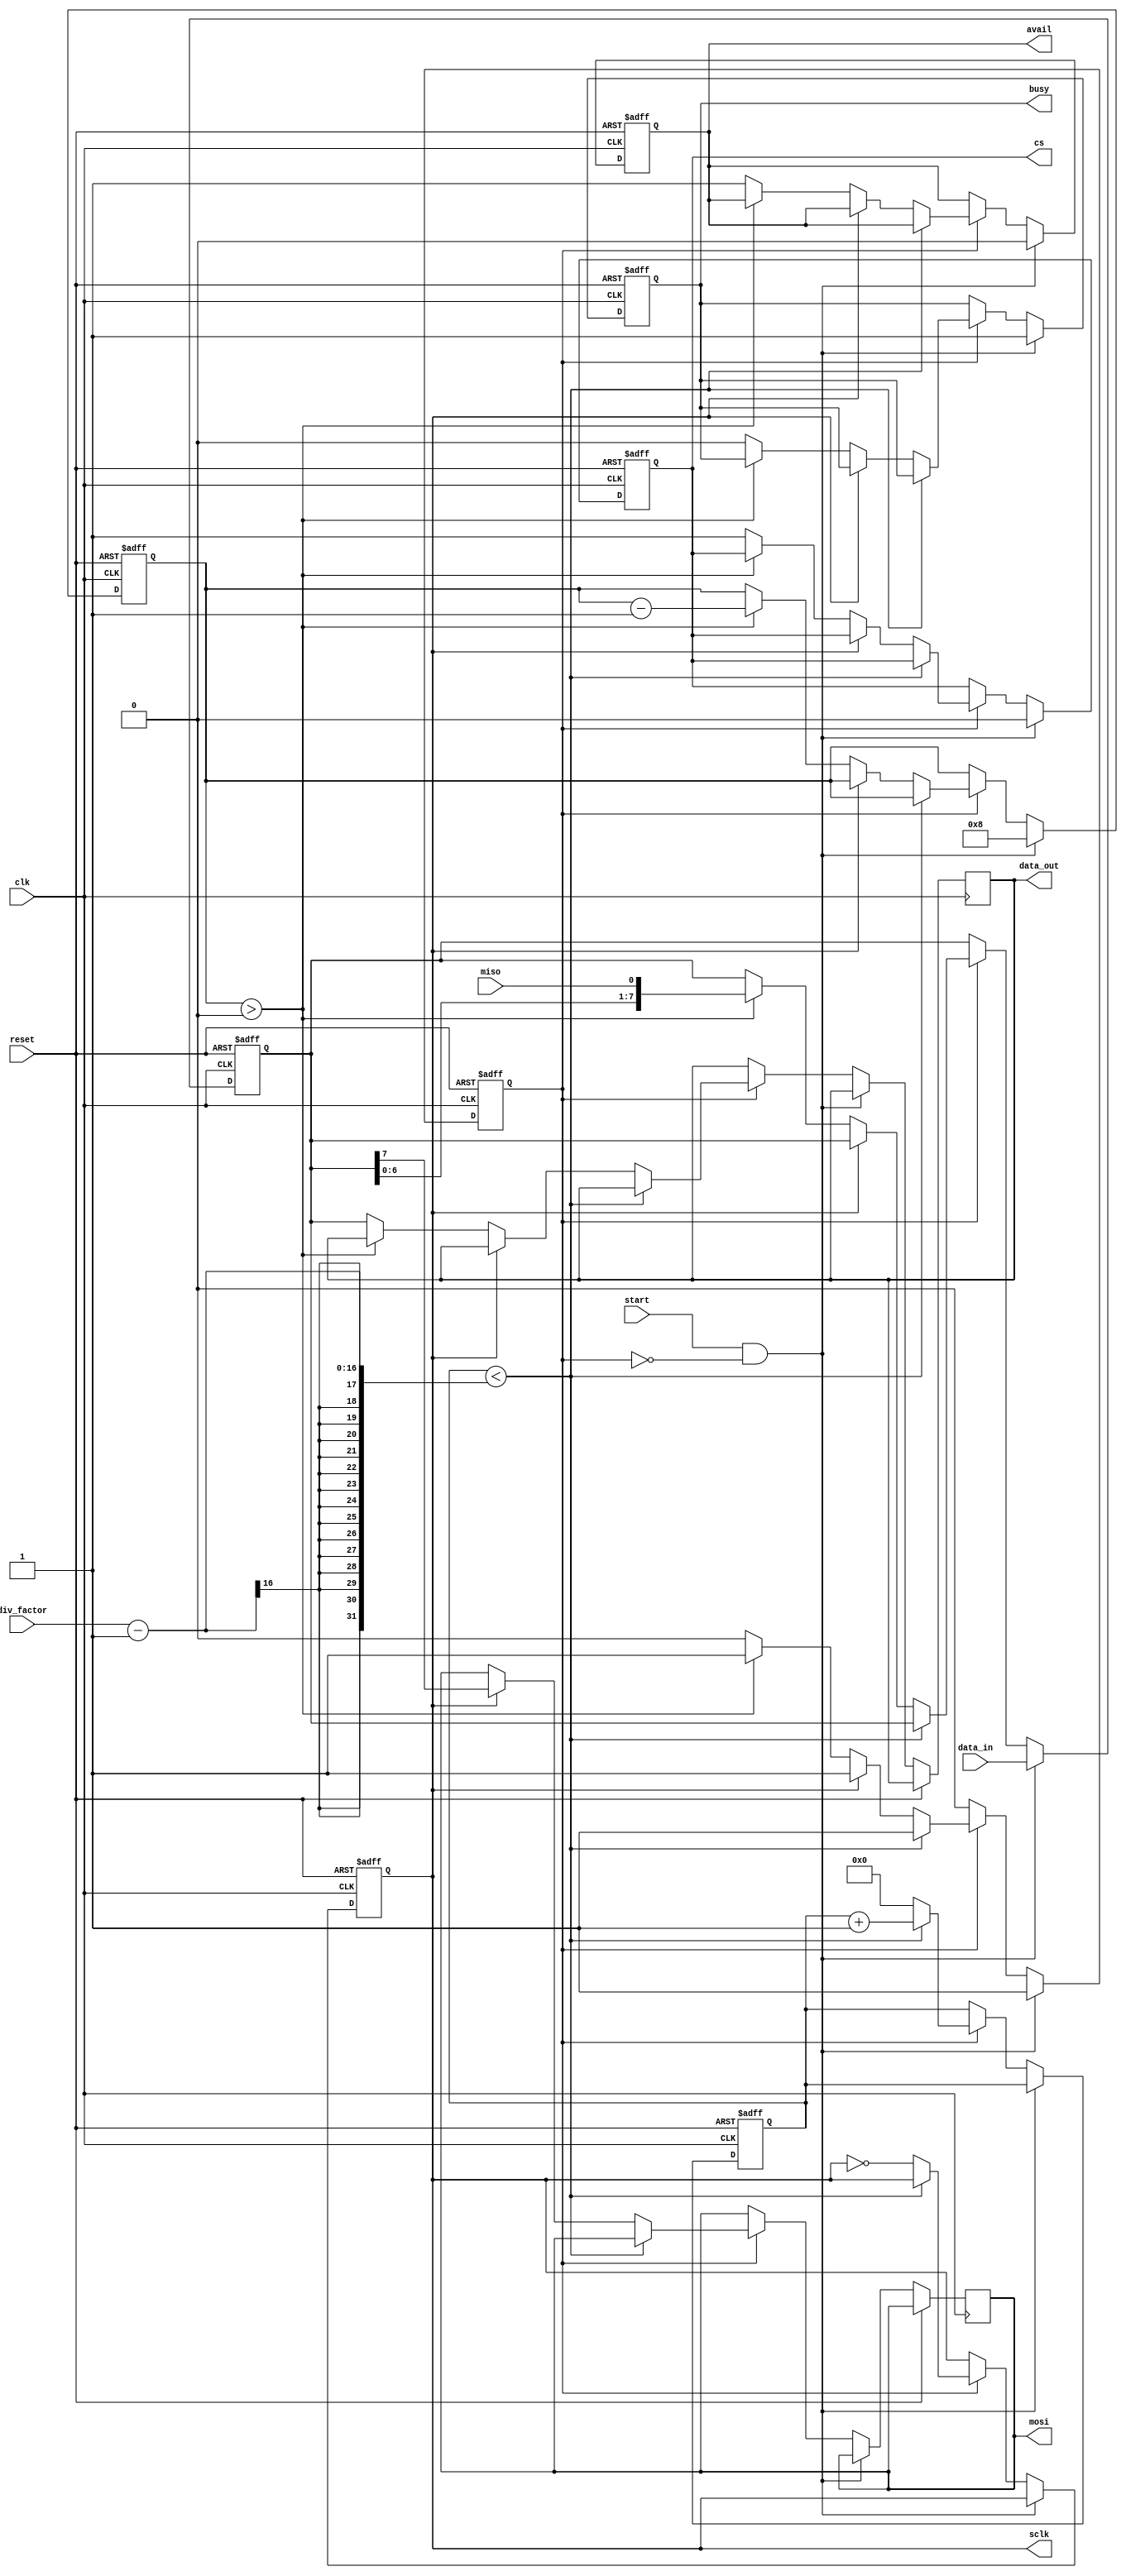
/*
Modulo:	SPI_ master 
Autor: 	ferney alberto beltran 
Curso: 	Digital 1
Ao:	 	2024

Descripcin:

                     _______________
                    |               |
           clk -----|               |
           rst -----|               |
 data_in [7:0] -----|               |---- sclk
         start -----|               |---- mosi
freq_div[15:0] -----|               |---- miso
data_out [7:0] <----|               |---- cs
          busy <----|               |
         avail <----|               |
                    |_______________|

CLK: 		Entrada del reloj del sistema.
RST: 		Seal de reset que inicializa el mdulo.

CLOCK_DIV: Valor para configurar la velocidad de la comunicacin SPI.

DATA_IN:  Datos que se van a transmitir al esclavo SPI.
DATA_OUT: Datos recibidos del esclavo.

START: 	Seal que inicia la transmisin de datos.
BUSY: 	Seal que indica si el mdulo est ocupado en una transmisin.
AVAIL: 	Seal que indica que se ha recibido un dato completo.

MISO: 	Salida del Maestro, Entrada del Esclavo (Master In Slave Out).
MOSI: 	Entrada del Maestro, Salida del Esclavo (Master Out Slave In).
SCLK: 	Seal de reloj SPI que sincroniza la transmisin de datos.
CS: 		Chip Select, activa o desactiva el esclavo seleccionado.

*/

module spi_master(
   input clk,                // Reloj del sistema
   input reset,              // Seal de reset
   input [7:0] data_in,      // Datos de entrada para enviar
   input start,              // Inicio de la transmisin
   input [15:0] div_factor,   // Divisor del reloj para la velocidad SPI
   input  miso,          // Master In Slave Out
   output reg mosi,               // Master Out Slave In
   output reg sclk,          // Reloj SPI
   output reg cs,            // Chip Select
   output reg [7:0] data_out, // Datos recibidos
   output reg busy,          // Seal de ocupado
   output reg avail  // Seal de dato recibido
);

   reg [7:0] shift_reg;
   reg [3:0] bit_count;
   reg [15:0] clk_count;
	reg active;
   
	

	always @(posedge clk or posedge reset) begin
	  if (reset) begin
			sclk <= 0;
			cs <= 1;
			shift_reg <= 0;
			bit_count <= 0;
			clk_count <= 0;
			active <= 0;
			busy <= 0;
			avail <= 0;
	  end else if (start && !active) begin
			active <= 1;
			busy <= 1;
			avail <= 0;
			cs <= 0;
			shift_reg <= data_in;
			bit_count <= 8;
	  end else if (active) begin
			if (clk_count < div_factor - 1) begin
				 clk_count <= clk_count + 1;
			end else begin
				 clk_count <= 0;
				 sclk <= !sclk;

				 if (sclk) begin
						mosi <= shift_reg[7];
				 end else begin
					  if (bit_count > 0) begin
							bit_count <= bit_count - 1;
							shift_reg <= {shift_reg[6:0], miso};
					  end else begin
							data_out <= shift_reg;
							cs <= 1;
							active <= 0;
							busy <= 0;
							avail <= 1;
					  end
				 end
			end
	  end
	end
endmodule